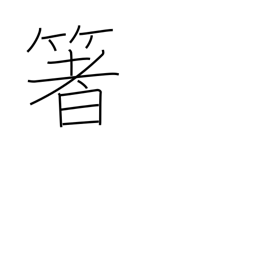
Meaning: chopsticks